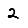
Digit: 2